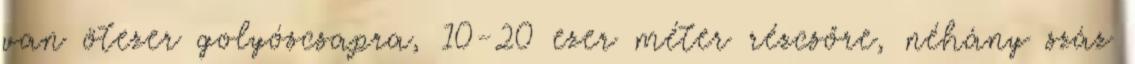
van ötezer golyóscsapra, 10-20 ezer méter rézcsőre, néhány száz